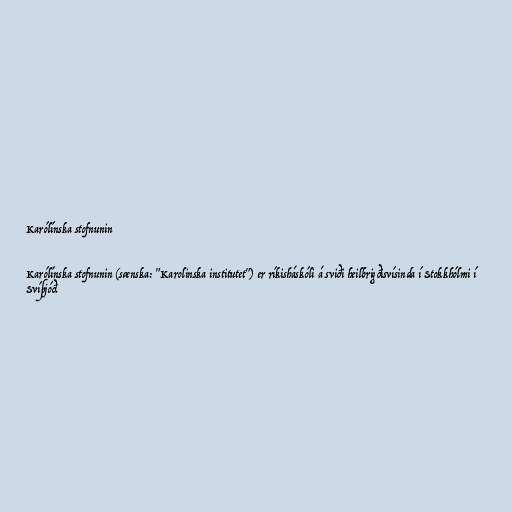
Karólínska stofnunin

Karólínska stofnunin (sænska: "Karolinska institutet") er ríkisháskóli á sviði heilbrigðisvísinda í Stokkhólmi í
Svíþjóð.